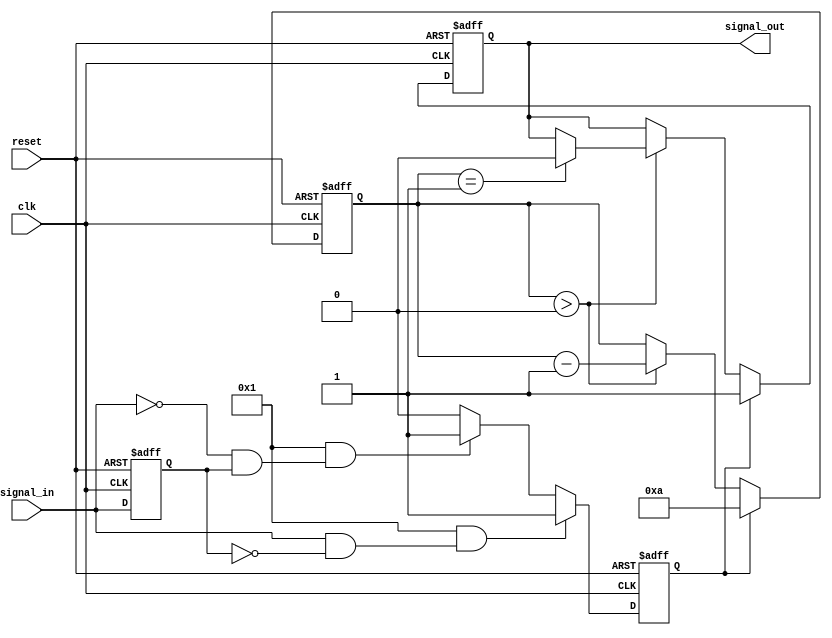
module monostable_edge_detector #(
    parameter PULSE_WIDTH = 10, // Pulse width in clock cycles
    parameter DETECT_RISING = 1, // 1 for rising edge detection, 0 for falling edge
    parameter DETECT_FALLING = 1 // 1 for falling edge detection, 0 for rising edge
)(
    input wire clk,              // System clock
    input wire reset,            // Asynchronous reset
    input wire signal_in,        // Input signal to detect edges
    output reg signal_out        // Output pulse signal
);

    reg signal_in_prev;          // Previous state of the input signal
    reg [3:0] pulse_counter;     // Counter for pulse width
    reg edge_detected;           // Flag for edge detection

    // Edge detection logic
    always @(posedge clk or posedge reset) begin
        if (reset) begin
            signal_in_prev <= 0;
            signal_out <= 0;
            pulse_counter <= 0;
            edge_detected <= 0;
        end else begin
            // Store the previous state of the input signal
            signal_in_prev <= signal_in;

            // Detect rising edge
            if (DETECT_RISING && (signal_in && !signal_in_prev)) begin
                edge_detected <= 1; // Rising edge detected
            end
            // Detect falling edge
            else if (DETECT_FALLING && (!signal_in && signal_in_prev)) begin
                edge_detected <= 1; // Falling edge detected
            end else begin
                edge_detected <= 0; // No edge detected
            end

            // Pulse generation logic
            if (edge_detected) begin
                signal_out <= 1; // Generate pulse
                pulse_counter <= PULSE_WIDTH; // Load pulse width
            end else if (pulse_counter > 0) begin
                pulse_counter <= pulse_counter - 1; // Decrement pulse counter
                if (pulse_counter == 1) begin
                    signal_out <= 0; // End pulse
                end
            end
        end
    end

endmodule